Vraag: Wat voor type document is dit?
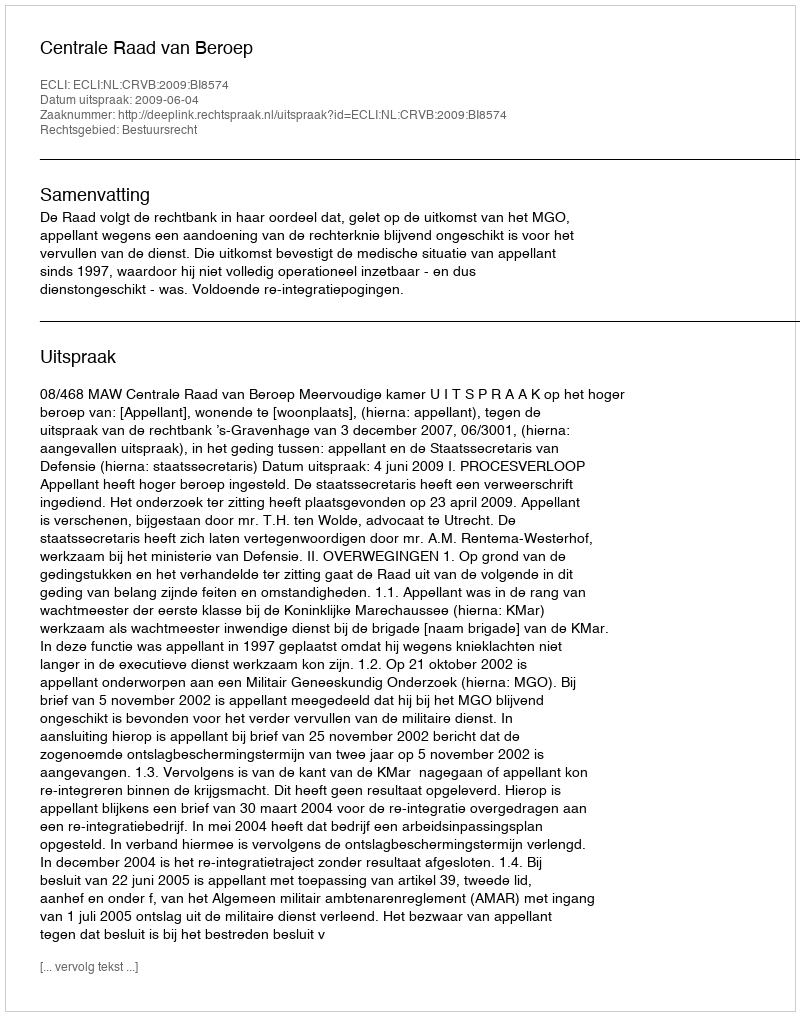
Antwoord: Uitspraak